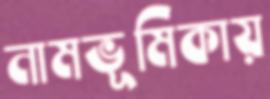
নামভূমিকায়